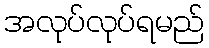
အလုပ်လုပ်ရမည်